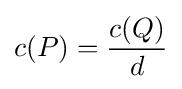
c(P)={\frac {c(Q)}{d}}